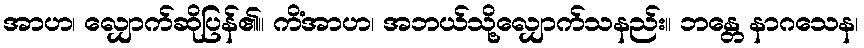
အာဟ၊ လျှောက်ဆိုပြန်၏။ ကိံအာဟ၊ အဘယ်သို့လျှောက်သနည်း။ ဘန္တေ နာဂသေန၊